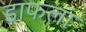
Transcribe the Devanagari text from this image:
डाफला